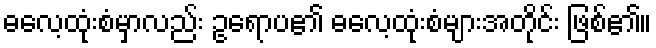
ဓလေ့ထုံးစံမှာလည်း ဥရောပ၏ ဓလေ့ထုံးစံများအတိုင်း ဖြစ်၏။